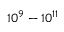
1 0 ^ { 9 } - 1 0 ^ { 1 1 }